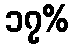
၁၇%